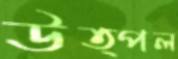
উত্পল